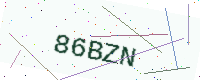
Text: 86BZN